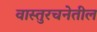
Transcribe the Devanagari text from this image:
वास्तुरचनेतील